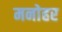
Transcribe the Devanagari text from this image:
मनाेहर